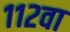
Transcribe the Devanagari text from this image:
११२वा